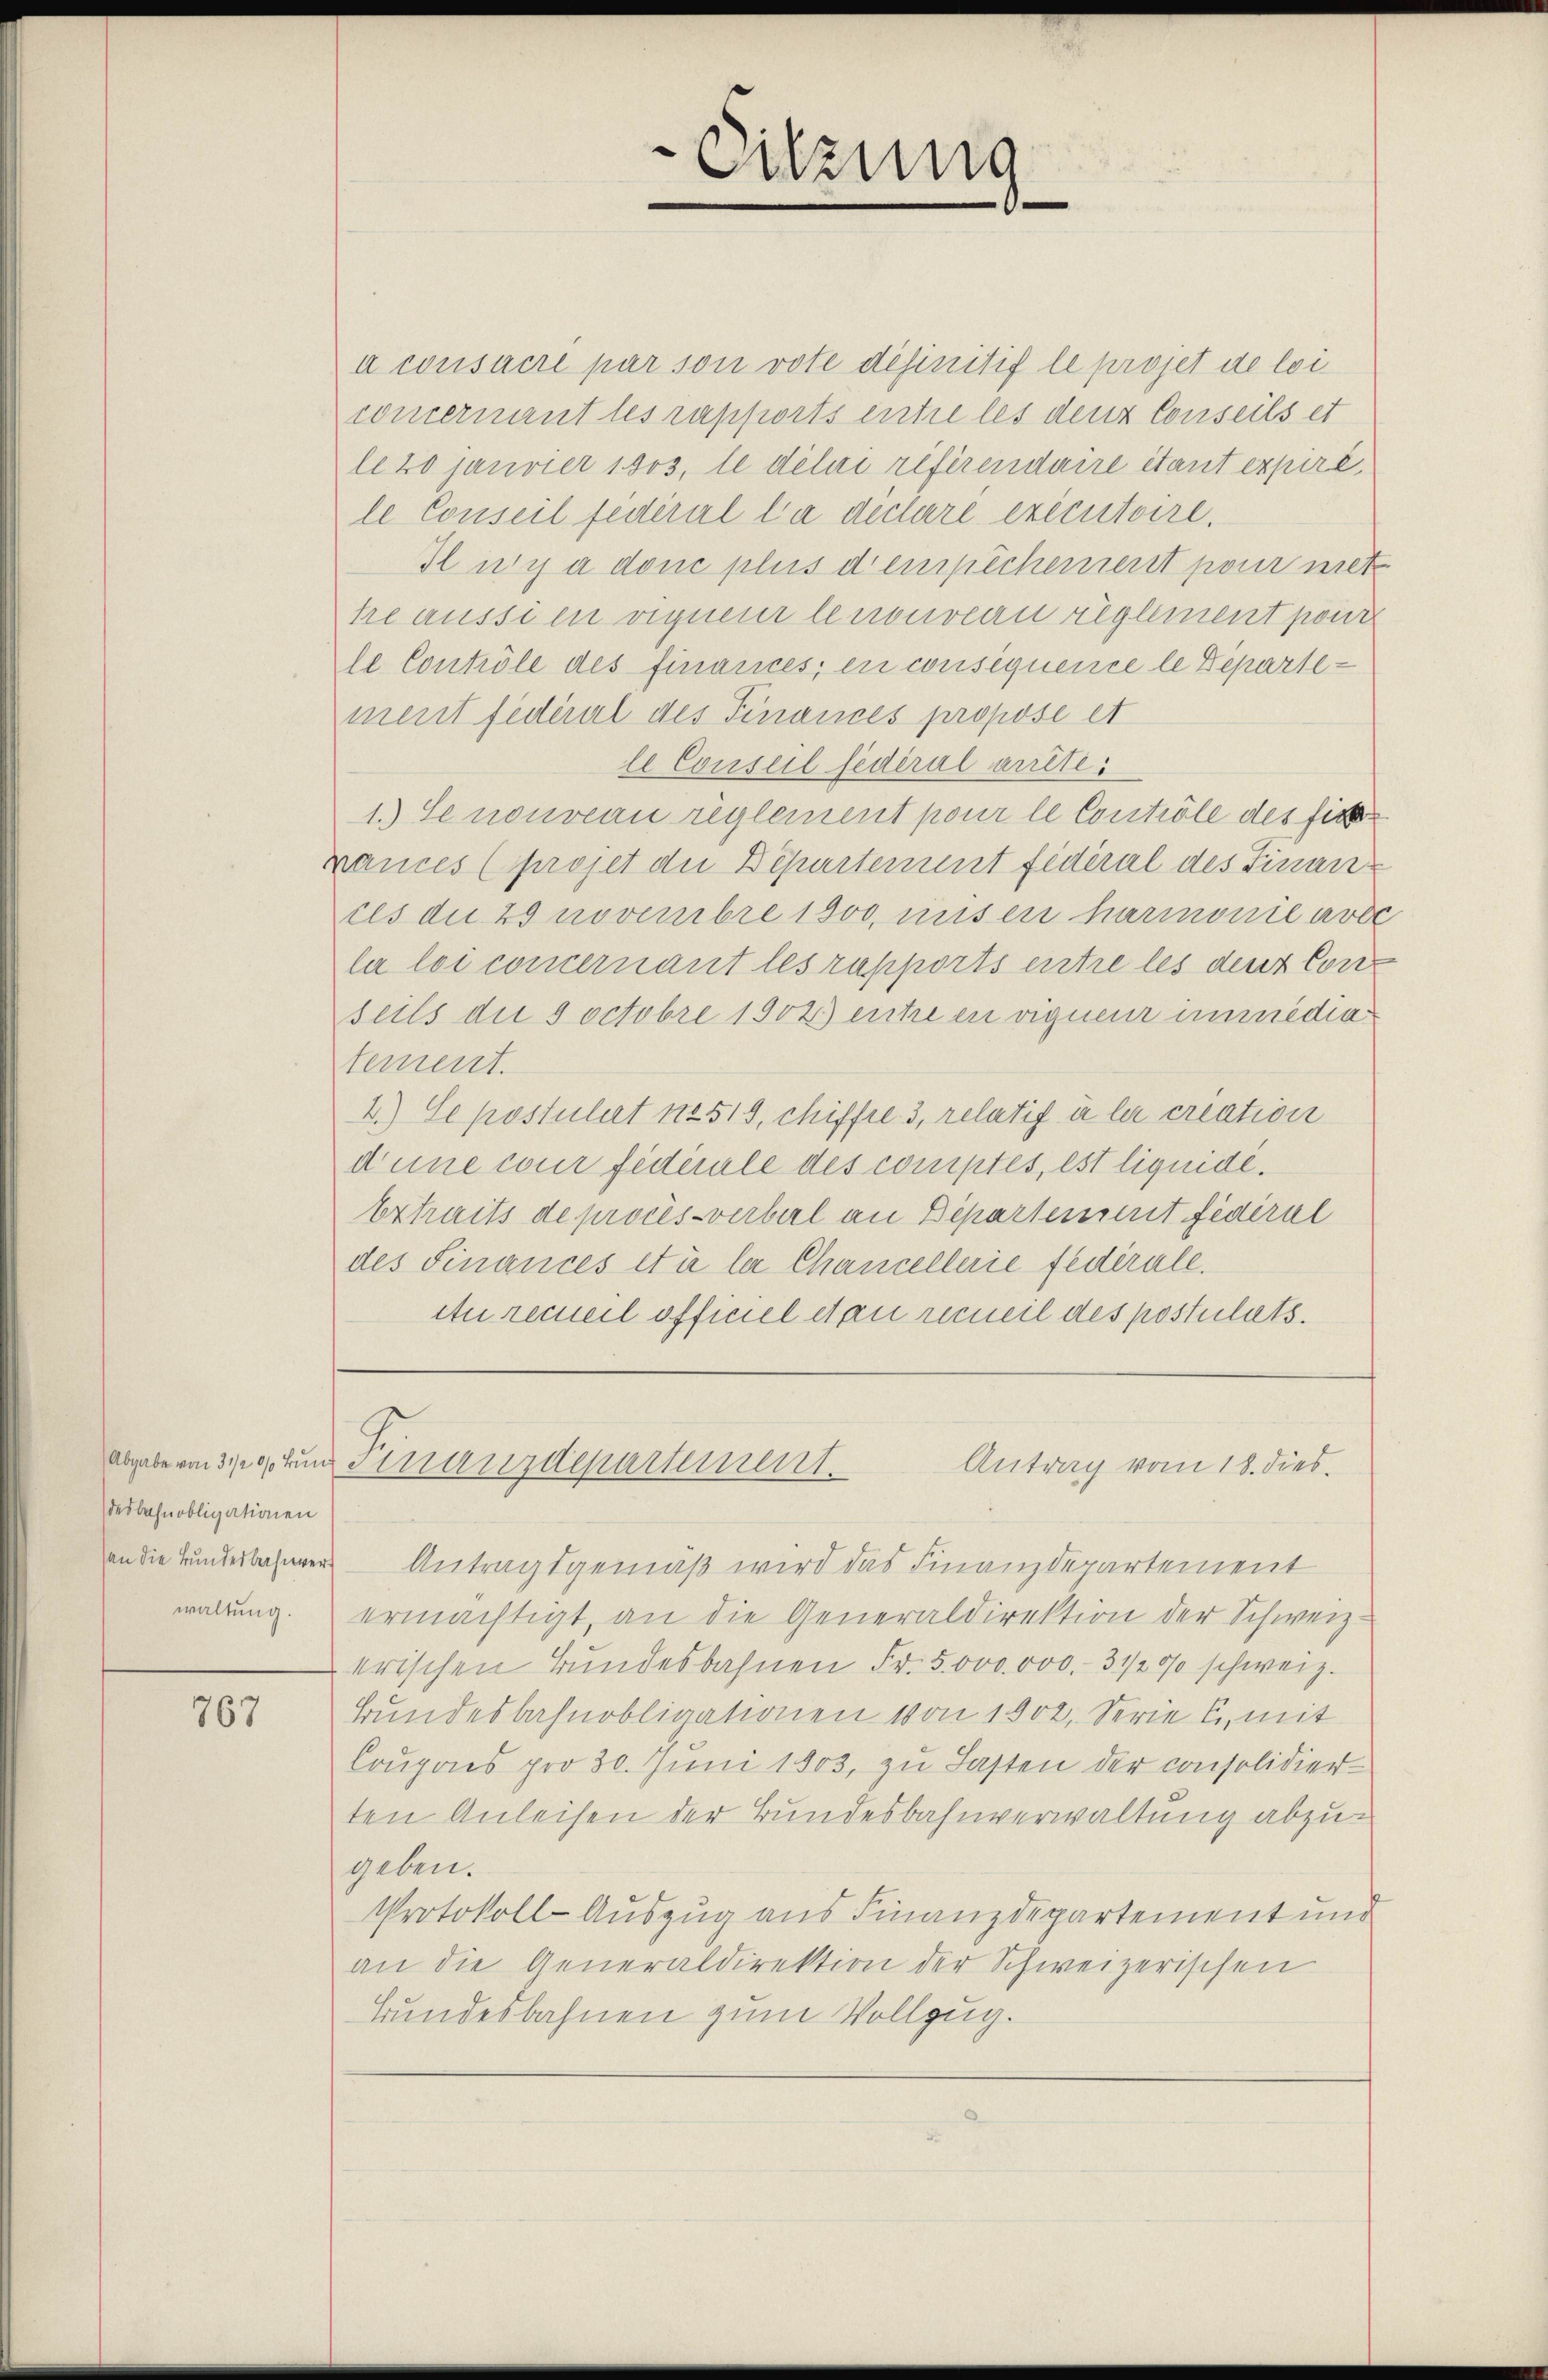
desbehnobligationen

767

a consacré par son vote definitif le projet de loi
concernant les rapports entre les den Conseils et
le 20 janvier 1903, le délai referendaire itant expiré,
le Conseil fédéral la declare exécutoire.
Ilny a donc plus dempichement pour met
heaussien eignen lenouveau reglement pour
le Contrôle des finances, en consequence le Departement fédéral des Finances propose et
le Conseil fédéral arrête.
1.) Se nouveau reglement pour le Contrôle des sic
rances (projet die Departement fidéral des Finanz-
ces du 25 novembre 1800, mis en harmonie arbe
la loi concernant les rapports entre les den Cons
seils die soctobre 1902 entre en vigneur immedia
tement.
4.) Se postulirt nr 519, chiffre 3, relatif à la création
dune cour fideale des comptes, est liquide.
Extraits de prois-verberl an Departement fidirul
des Finances et à le Chancellerie fédérale.
Atu recueil officiel et au recueil des postulats.
abgeberen sie und Finanzdepartement.
Antrag vom 18. dies
an die Hundesbahnen Antragsgemäß wird das Finanzdepartement
waltung. ermächtigt, an die Generaldirektion der Schweiz-
erischen Bundesbahnen Fr. 5000.000.- 3 1/2 0/0 schweiz.
Bundesbahnobligationen von 1902, Serie u. mit
Coupons pro 30. Juni 1803, zu Lasten der consolidier-
ten Anleisen der Bundesbahnverwaltung abzugeben.
Protokoll-Auszug aus Finanzdepartement und
an die Generaldirektion der Schweizerischen
Bundesbahnen zum Vollzug.

Sitzung
.